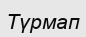
Түрмап